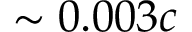
\sim 0 . 0 0 3 c